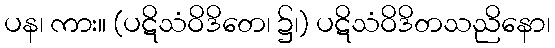
ပန၊ ကား။ (ပဋိသံဝိဒိတေ၊ ၌၊) ပဋိသံဝိဒိတသညိနော၊